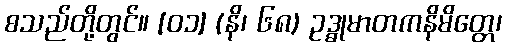
စသည်တို့တွင်။ [၀၁] (နိ၊ ၆၈) ဥဒ္ဓုမာတကနိမိတ္တေ၊